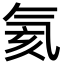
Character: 氦